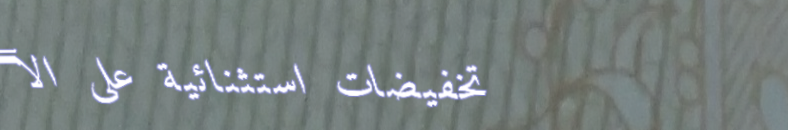
تخفيضات استثنائية على الأ